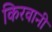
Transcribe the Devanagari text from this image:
किरवानी